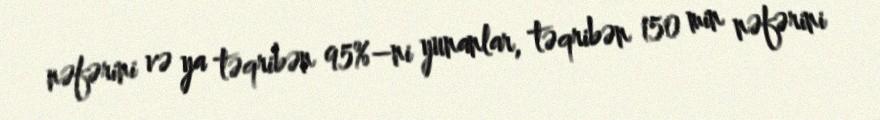
nəfərini və ya təqribən 95%–ni yunanlar, təqribən 150 min nəfərini